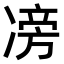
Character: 𠗵